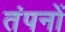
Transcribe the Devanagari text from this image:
तंपनों